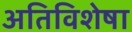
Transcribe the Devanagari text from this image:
अतिविशेषा